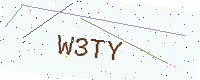
Text: W3TY